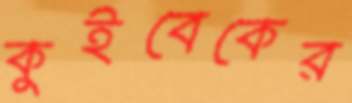
কুইবেকের